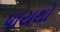
પાયથો